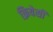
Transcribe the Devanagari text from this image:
क्रियेसी